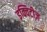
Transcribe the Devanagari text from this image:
इक्विटीज़